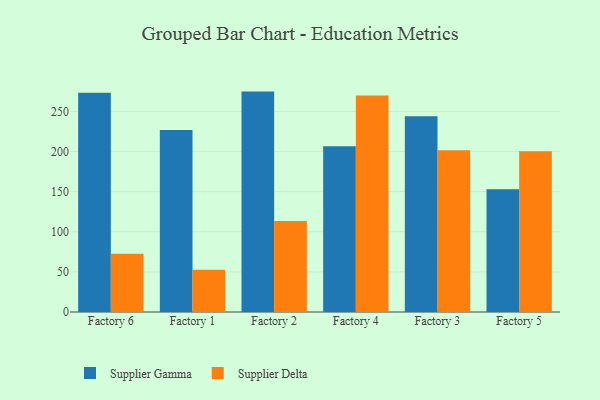
{"axis": {"x": "Factory", "y": "Energy Usage (MWh)"}, "legend": ["Supplier Delta", "Supplier Gamma"], "data": [{"x": "Factory 6", "y": 273.5, "type": "Supplier Gamma"}, {"x": "Factory 6", "y": 72.5, "type": "Supplier Delta"}, {"x": "Factory 1", "y": 227.0, "type": "Supplier Gamma"}, {"x": "Factory 1", "y": 52.7, "type": "Supplier Delta"}, {"x": "Factory 2", "y": 274.8, "type": "Supplier Gamma"}, {"x": "Factory 2", "y": 113.6, "type": "Supplier Delta"}, {"x": "Factory 4", "y": 206.8, "type": "Supplier Gamma"}, {"x": "Factory 4", "y": 269.9, "type": "Supplier Delta"}, {"x": "Factory 3", "y": 244.0, "type": "Supplier Gamma"}, {"x": "Factory 3", "y": 201.7, "type": "Supplier Delta"}, {"x": "Factory 5", "y": 153.0, "type": "Supplier Gamma"}, {"x": "Factory 5", "y": 200.4, "type": "Supplier Delta"}]}